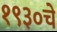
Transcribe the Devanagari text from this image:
१९३०चे